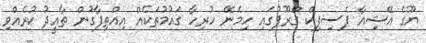
ޔޫގެ އޭޝިއާ ޕެސިފިކް ގްރޫޕުގައި ހިމެނޭ ހުރިހާ ގައުމުތަކެއް އިއްތިފާގުން ތާއީދު ކުރެއްވި